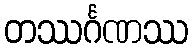
တဿင်္ဂဏဿ